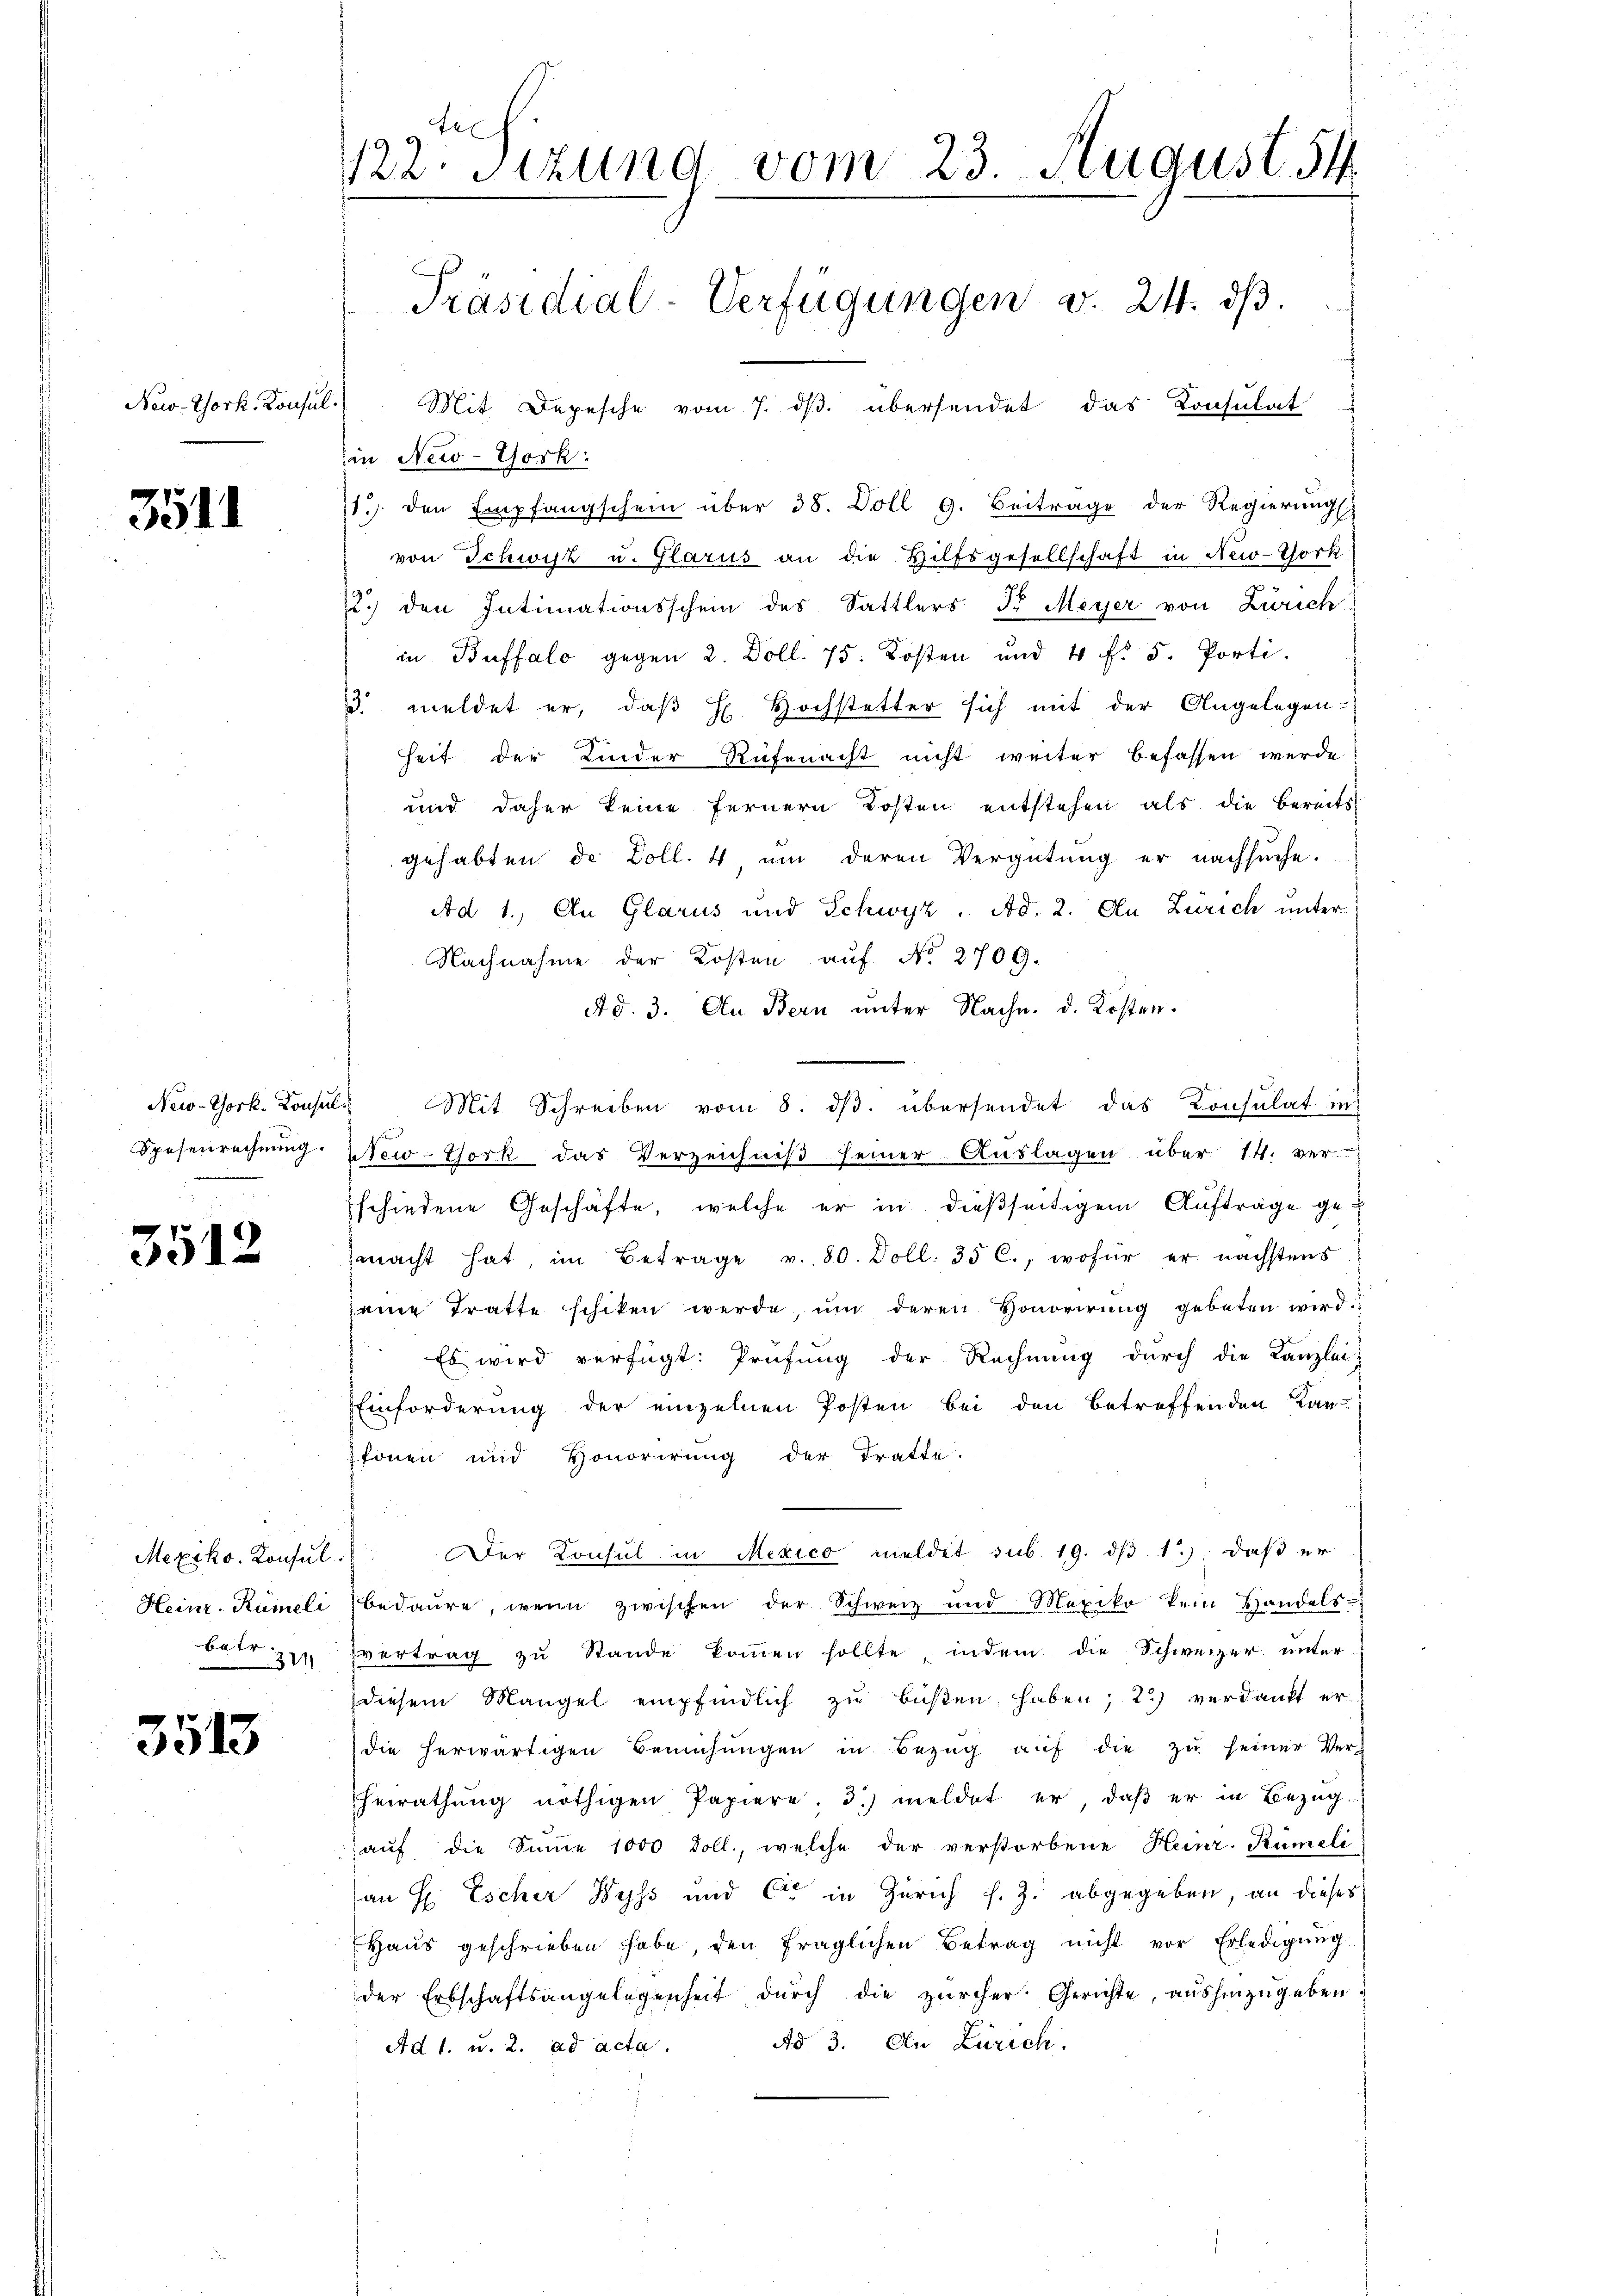
New-York. Konsul

3511

3512

3513

fe
122. Sitzung vom 23. August 54
Präsidial-Verfügungen v. 24. dβ.
Mit Depesche vom 7. ds. übersendet das Konsulat

in New-York:
11.) den Empfangschein über 38. Doll 9. Beitrage der Regierŭngs
von Schwyz u. Glarus an die Hilfsgesellschaft in New-York
x
2.) den Intimationsschein des Sattlers dr Meyer von Zürich
in Buffalo gegen 2. Doll. 75. Kosten und 4 Fr. 5. Porti
3. meldet er, daß H. Hochstetter sich mit der Angelegen-
heit der Kinder Rüfenacht nicht weiter befassen werde
und daher keine fernern Kosten entstehen als die bereits
gehabten de Doll. 4, um deren Vergütung er nachsuche.
Ad 1., An Glarus und Schwyz. Ad. 2. An Zürich unter
Nachnahme der Kosten auf No 2709.
Ad. 3. Au Bern unter Nachn. d. Kosten.
New-York. Konsuls Mit Schreiben vom 8. ds. übersendet das Konsulat in
Spesenrechnung. New-York das Verzeichniß seiner Auslagen über 14. ver-
Eschiedene Geschäfte, welche er in dießseitigem Aufträge ge-
macht hat, im Betrage v. 80. Doll. 35 C., wofür er nächstens
seine Tratte schiken werde, um deren Honorirung gebeten wird.
Es wird verfügt: Prüfung der Rechnung durch die Kanzlei-
Einforderung der einzelnen Posten bei den betreffenden Kan-
fonen und Honorirung der Tratte.
Mexiko. Konsul. Der Konsul in Mexico meldet sub 19. ds. 1.), daß er
Heinr. Rümeli bedaure, wenn zwischen der Schweiz und Mexiko kein Handels-
ber zu vertrag zŭ Stande koṁen sollte, indem die Schweizer unter-
diesem Mangel empfindlich zu büßen haben; 2) verdankt er
die herwärtigen Bemühŭngen in Bezŭg aŭf die zu seiner Ver-
Heirathung nöthigen Papiere; 3) meldet er, daß er in Bezug
auf die Sinne 1000 doll., welche der verstorbene Heinr. Rümeli
an H. Escher Wyss und C in Zürich s. Z. abgegeben, an dieses
Haus geschrieben habe, den fraglichen Betrag nicht vor Erledigung
der Erbschaftsangelegenheit dŭrch die zürcher Gerichte, aŭshinzŭgeben.
Ad. 3. An Zürich.
Ad 1. u. 2. ad acta.